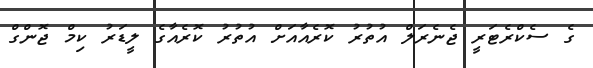
ގެ ސެކްރެޓަރީ ޖެނެރަލް އުތުރު ކޮރެއާއަށް އުތުރު ކޮރެއާގެ ލީޑަރު ކިމް ޖޮންގް